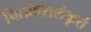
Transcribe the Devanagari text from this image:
पितांबरालंकृतं